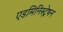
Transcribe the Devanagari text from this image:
एडमिनिस्ट्रेषन